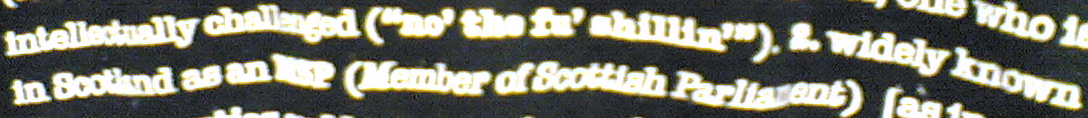
intellectually challenged ("no' the fu' shillin'"). &. widely known